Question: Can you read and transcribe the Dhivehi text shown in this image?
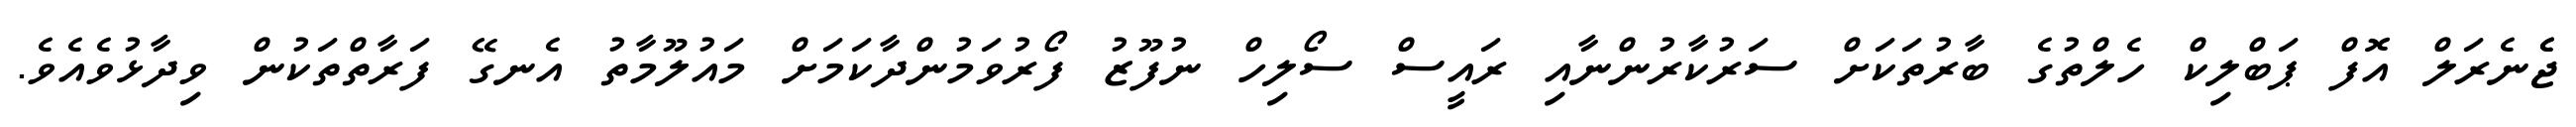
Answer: ޖެެނެރަލް އޮފް ޕަބްލިކް ހެލްތުގެ ބާރުތަކަށް ސަރުކާރުންނާއި ރައީސް ސޯލިހް ނުފޫޒު ފޯރުވަމުންދާކަމަށް މައުލޫމާތު އެނގޭ ފަރާތްތަކުން ވިދާޅުވެއެވެ.